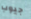
جيوب